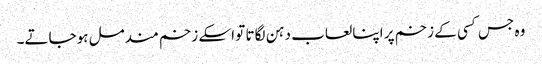
وہ جس کسی کے زخم پر اپنا لعاب دہن لگاتا تو اسکے زخم مندمل ہوجاتے۔